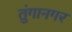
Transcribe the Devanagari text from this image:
तुंगानगर